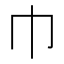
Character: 巾